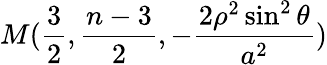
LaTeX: M(\frac{3}{2},\frac{n-3}{2},-\frac{2\rho^{2}\sin^{2}\theta}{a^{2}})